Vaccination North-Western Provinces 1866-1877 - 1866-1877
Year: 1866
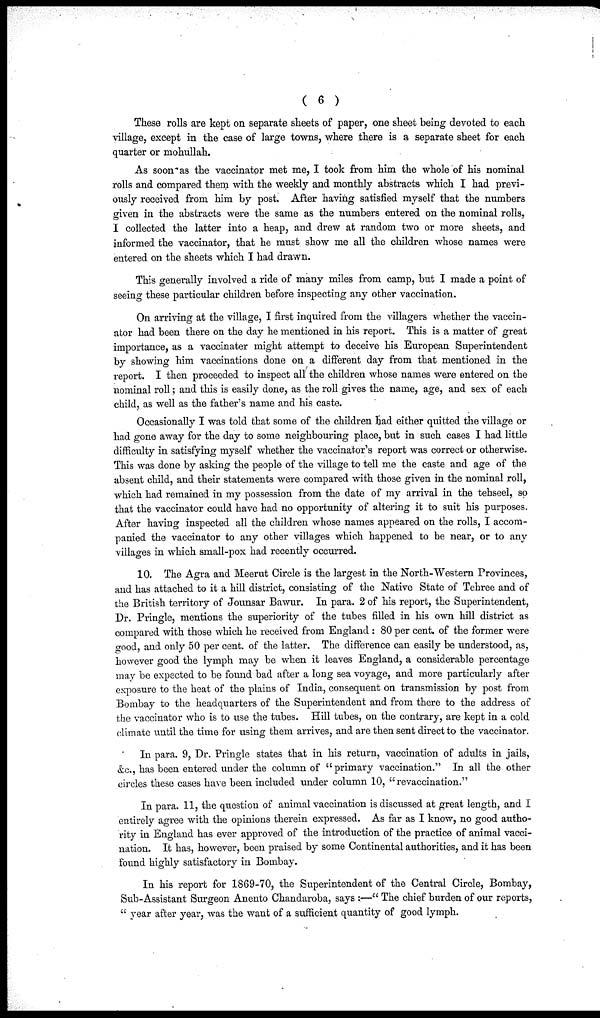
( 6 )
These rolls are kept on separate sheets of paper, one sheet being devoted to each
village, except in the case of large towns, where there is a separate sheet for each
quarter or mohullah.
As soon as the vaccinator met me, I took from him the whole of his nominal
rolls and compared them with the weekly and monthly abstracts which I had previ-
ously received from him by post. After having satisfied myself that the numbers
given in the abstracts were the same as the numbers entered on the nominal rolls,
I collected the latter into a heap, and drew at random two or more sheets, and
informed the vaccinator, that he must show me all the children whose names were
entered on the sheets which I had drawn.
This generally involved a ride of many miles from camp, but I made a point of
seeing these particular children before inspecting any other vaccination.
On arriving at the village, I first inquired from the villagers whether the vaccin-
ator had been there on the day he mentioned in his report. This is a matter of great
importance, as a vaccinater might attempt to deceive his European Superintendent
by showing him vaccinations done on a different day from that mentioned in the
report. I then proceeded to inspect all the children whose names were entered on the
nominal roll; and this is easily done, as the roll gives the name, age, and sex of each
child, as well as the father's name and his caste.
Occasionally I was told that some of the children had either quitted the village or
had gone away for the day to some neighbouring place, but in such cases I had little
difficulty in satisfying myself whether the vaccinator's report was correct or otherwise.
This was done by asking the people of the village to tell me the caste and age of the
absent child, and their statements were compared with those given in the nominal roll,
which had remained in my possession from the date of my arrival in the tehseel, so
that the vaccinator could have had no opportunity of altering it to suit his purposes.
After having inspected all the children whose names appeared on the rolls, I accom-
panied the vaccinator to any other villages which happened to be near, or to any
villages in which small-pox had recently occurred.
10. The Agra and Meerut Circle is the largest in the North-Western Provinces,
and has attached to it a hill district, consisting of the Native State of Tehree and of
the British territory of Jounsar Bawur. In para. 2 of his report, the Superintendent,
Dr. Pringle, mentions the superiority of the tubes filled in his own hill district as
compared with those which he received from England : 80 per cent of the former were
good, and only 50 per cent. of the latter. The difference can easily be understood, as,
however good the lymph may be when it leaves England, a considerable percentage
may be expected to be found bad after a long sea voyage, and more particularly after
exposure to the heat of the plains of India, consequent on transmission by post from
Bombay to the headquarters of the Superintendent and from there to the address of
the vaccinator who is to use the tubes. Hill tubes, on the contrary, are kept in a cold
climate until the time for using them arrives, and are then sent direct to the vaccinator.
In para. 9, Dr. Pringle states that in his return, vaccination of adults in jails,
&c., has been entered under the column of "primary vaccination." In all the other
circles these cases have been included under column 10, "revaccination."
In para. 11, the question of animal vaccination is discussed at great length, and I
entirely agree with the opinions therein expressed. As far as I know, no good autho-
rity in England has ever approved of the introduction of the practice of animal vacci-
nation. It has, however, been praised by some Continental authorities, and it has been
found highly satisfactory in Bombay.
In his report for 1869-70, the Superintendent of the Central Circle, Bombay,
Sub-Assistant Surgeon Anento Chandaroba, says :—" The chief burden of our reports,
" year after year, was the want of a sufficient quantity of good lymph.